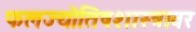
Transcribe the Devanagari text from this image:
फलज्योतिषशास्त्रावर